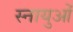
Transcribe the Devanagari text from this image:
स्‍नायुओं